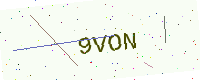
Text: 9VON